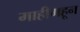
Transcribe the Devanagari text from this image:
माहीमहून